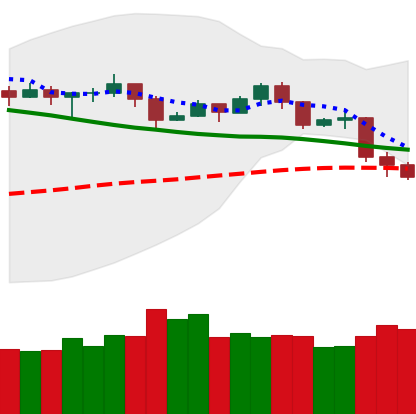
Ticker: TRX-USD
Chart end date: 2019-11-20
Forward return: -14.131%
Label: down_7plus